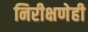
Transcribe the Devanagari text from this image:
निरीक्षणेही